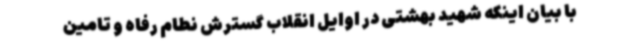
با بیان اینکه شهید بهشتی در اوایل انقلاب گسترش نطام رفاه و تامین